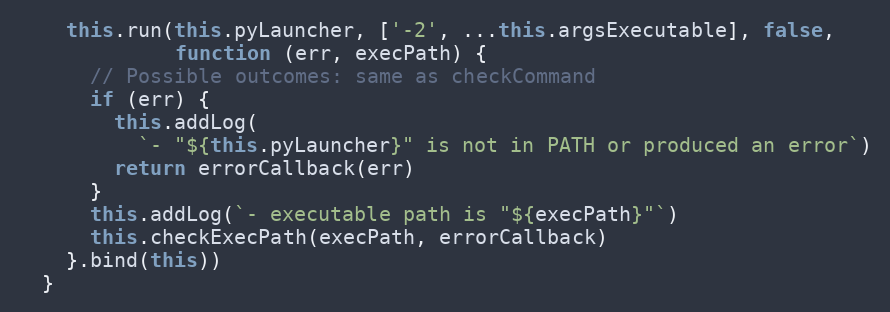
Language: JavaScript
    this.run(this.pyLauncher, ['-2', ...this.argsExecutable], false,
             function (err, execPath) {
      // Possible outcomes: same as checkCommand
      if (err) {
        this.addLog(
          `- "${this.pyLauncher}" is not in PATH or produced an error`)
        return errorCallback(err)
      }
      this.addLog(`- executable path is "${execPath}"`)
      this.checkExecPath(execPath, errorCallback)
    }.bind(this))
  }